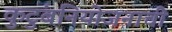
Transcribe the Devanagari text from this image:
कुटुंबनियोजनाची